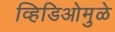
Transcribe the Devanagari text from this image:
व्हिडिओमुळे